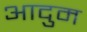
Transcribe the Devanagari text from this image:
आदुम